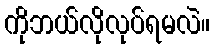
ကိုဘယ်လိုလုပ်ရမလဲ။